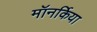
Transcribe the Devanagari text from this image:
मॉनर्किया